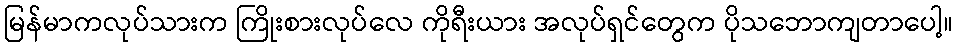
မြန်မာကလုပ်သားက ကြိုးစားလုပ်လေ ကိုရီးယား အလုပ်ရှင်တွေက ပိုသဘောကျတာပေါ့။